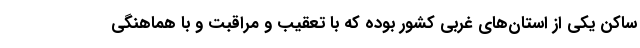
ساکن یکی از استان‌های غربی کشور بوده که با تعقیب و مراقبت و با هماهنگی